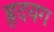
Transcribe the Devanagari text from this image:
हृदयग